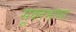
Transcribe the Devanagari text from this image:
सूक्तभाष्या